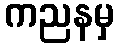
ကညနမှ